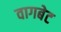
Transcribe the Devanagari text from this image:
वागबेट